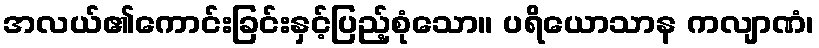
အလယ်၏ကောင်းခြင်းနှင့်ပြည့်စုံသော။ ပရိယောသာန ကလျာဏံ၊